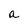
Character: a